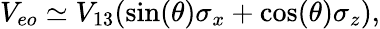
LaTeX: V_{eo}\simeq V_{13}(\sin(\theta)\sigma_{x}+\cos(\theta)\sigma_{z}),